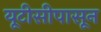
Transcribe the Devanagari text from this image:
यूटीसीपासून